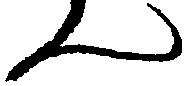
ん